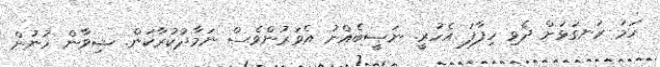
ހަމަ ރަނގަޅަށް ދެވި ހިފާފަ އެހުރީ. ނަޞީބެއްނު އެވަރުންވެސް ނަމާދުކުރާކަން. ޝިވާން ހުނުން